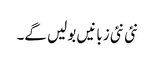
نئی نئی زبانیں بولیں گے۔